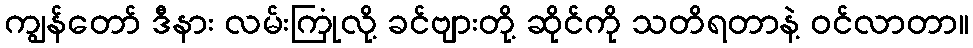
ကျွန်တော် ဒီနား လမ်းကြုံလို့ ခင်ဗျားတို့ ဆိုင်ကို သတိရတာနဲ့ ဝင်လာတာ။